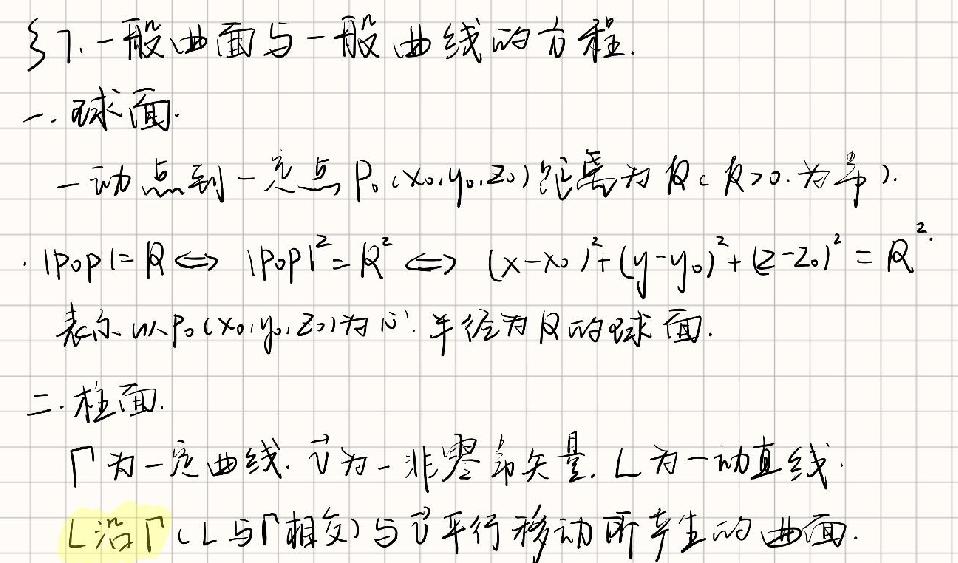
§7. 一般曲面与一般曲线的方程
一. 球面
一动点到一定点$P_0(x_0,y_0,z_0)$距离为$R$（$R>0$，为常）.
$|P_0P| = R\Leftrightarrow |P_0P|^2 = R^2\Leftrightarrow (x - x_0)^2+(y - y_0)^2+(z - z_0)^2 = R^2$.
表示以$P_0(x_0,y_0,z_0)$为心，半径为$R$的球面.
二. 柱面
$\Gamma$为一定曲线，$\vec{v}$为一非零常矢量，$L$为一动直线.
$L$沿$\Gamma$（$L$与$\Gamma$相交）与$\vec{v}$平行移动所产生的曲面.